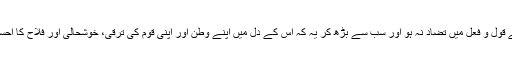
اس کے قول و فعل میں تضاد نہ ہو اور سب سے بڑھ کر یہ کہ اس کے دل میں اپنے وطن اور اپنی قوم کی ترقی، خوشحالی اور فلاح کا احساس ہو۔